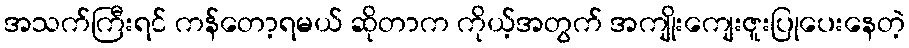
အသက်ကြီးရင် ကန်တော့ရမယ် ဆိုတာက ကိုယ့်အတွက် အကျိုးကျေးဇူးပြုပေးနေတဲ့